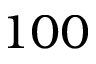
1 0 0